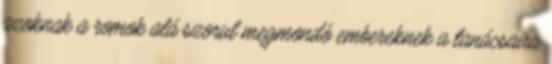
azoknak a romok alá szorul megmondó embereknek a tanácsaira